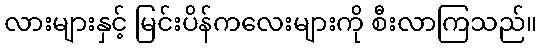
လားများနှင့် မြင်းပိန်ကလေးများကို စီးလာကြသည်။